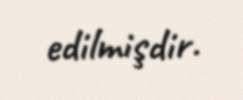
edilmişdir.